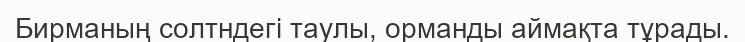
Бирманың солтндегі таулы, орманды аймақта тұрады.